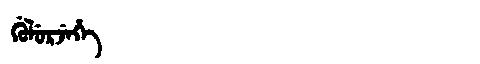
Manchu: ᡤᡠᠯᡠᡵᠵᡝᡥᡝ
Romanization: GULURJEHE